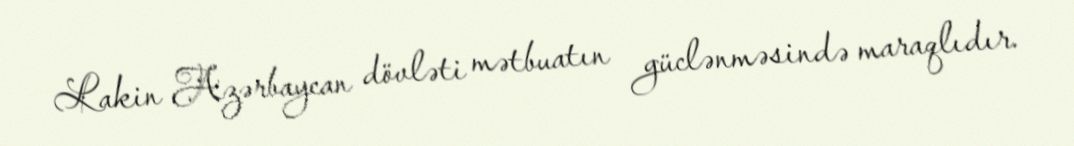
Lakin Azərbaycan dövləti mətbuatın güclənməsində maraqlıdır.